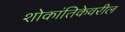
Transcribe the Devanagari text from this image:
शोकांतिकेवरील